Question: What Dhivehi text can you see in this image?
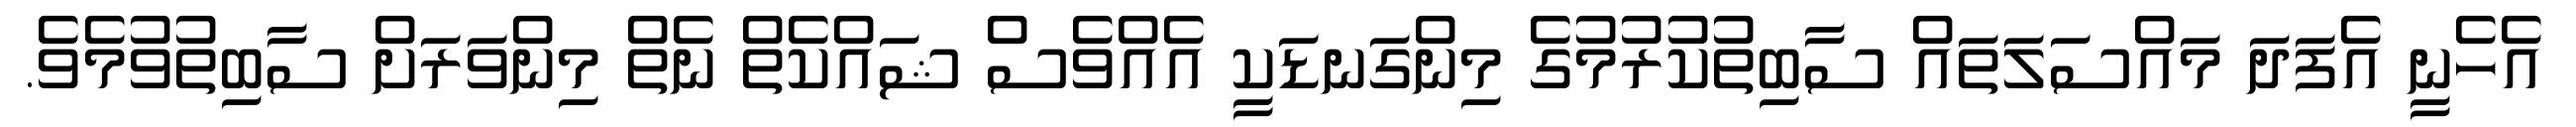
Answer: އެހެނީ އެފަދަ މައްސަލަތައް ސާބިތުކުރުމުގެ މިންގަނޑަކީ އެއްވެސް ޝައްކެތް ނެތް މިންވަރަށް ސާބިތުވުމެވެ.